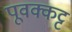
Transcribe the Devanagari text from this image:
पूवक्कट्ट